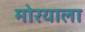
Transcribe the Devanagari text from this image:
मोरयाला